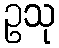
ဥသု